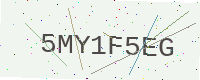
Text: 5MY1F5EG